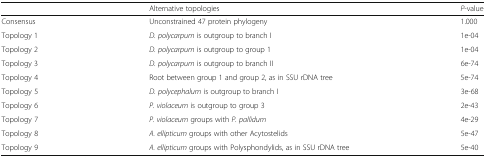
|  | Alternative topologies | P-value |
 | --- | --- | --- |
 | Consensus | Unconstrained 47 protein phylogeny | 1.000 |
 | Topology 1 | D. polycarpum is outgroup to branch I | 1e-04 |
 | Topology 2 | D. polycarpum is outgroup to group 1 | 1e-04 |
 | Topology 3 | D. polycarpum is outgroup to branch II | 6e-74 |
 | Topology 4 | Root between group 1 and group 2, as in SSU rDNA tree | 5e-74 |
 | Topology 5 | D. polycephalum is outgroup to branch I | 3e-68 |
 | Topology 6 | P. violaceum is outgroup to group 3 | 2e-43 |
 | Topology 7 | P. violaceum groups with P. pallidum | 4e-29 |
 | Topology 8 | A. ellipticum groups with other Acytostelids | 5e-47 |
 | Topology 9 | A. ellipticum groups with Polysphondylids, as in SSU rDNA tree | 5e-40 |